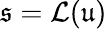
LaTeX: \mathfrak{s}=\mathcal{L}(\mathfrak{u})